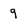
Character: 9